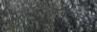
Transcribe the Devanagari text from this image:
निधानेश्वर